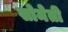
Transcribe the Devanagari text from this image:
सोमेती